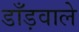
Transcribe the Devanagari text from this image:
डाँड़वाले